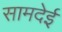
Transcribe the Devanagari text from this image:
सामदेई